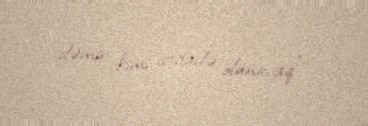
dəmir kimi istifadə olunacaq”.